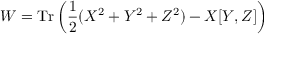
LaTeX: W = \mathrm { T r } \left( \frac { 1 } { 2 } ( X ^ { 2 } + Y ^ { 2 } + Z ^ { 2 } ) - X [ Y , Z ] \right)